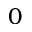
0